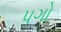
પગો